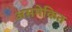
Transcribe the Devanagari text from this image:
असमेकित